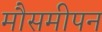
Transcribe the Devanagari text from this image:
मौसमीपन